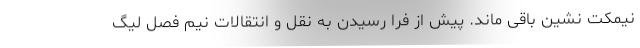
نیمکت نشین باقی ماند. پیش از فرا رسیدن به نقل و انتقالات نیم فصل لیگ